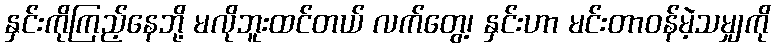
နှင်းကိုကြည့်နေဘို့ မလိုဘူးထင်တယ် လက်တွေ့၊ နှင်းဟာ မင်းတာဝန်မဲ့သမျှကို